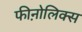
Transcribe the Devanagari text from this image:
फीऩोलिक्स